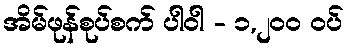
အိမ်ဖုန်စုပ်စက် ပါဝါ - ၁,၂၀၀ ဝပ်